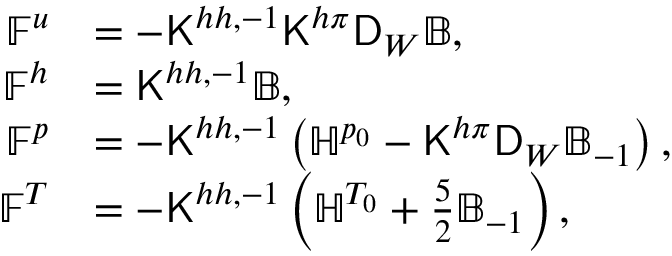
\begin{array} { r l } { \mathbb { F } ^ { u } } & { = - \mathsf { K } ^ { h h , - 1 } \mathsf { K } ^ { h \pi } \mathsf { D } _ { W } \mathbb { B } , } \\ { \mathbb { F } ^ { h } } & { = \mathsf { K } ^ { h h , - 1 } \mathbb { B } , } \\ { \mathbb { F } ^ { p } } & { = - \mathsf { K } ^ { h h , - 1 } \left( \mathbb { H } ^ { p _ { 0 } } - \mathsf { K } ^ { h \pi } \mathsf { D } _ { W } \mathbb { B } _ { - 1 } \right) , } \\ { \mathbb { F } ^ { T } } & { = - \mathsf { K } ^ { h h , - 1 } \left( \mathbb { H } ^ { T _ { 0 } } + \frac { 5 } { 2 } \mathbb { B } _ { - 1 } \right) , } \end{array}